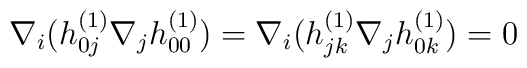
\nabla_i(h^{(1)}_{0j}\nabla_jh_{00}^{(1)})=\nabla_i(h^{(1)}_{jk}\nabla_jh^{(1)}_{0k})=0